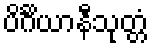
ပိင်္ဂိယာနီသုတ္တံ